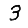
Digit: 3